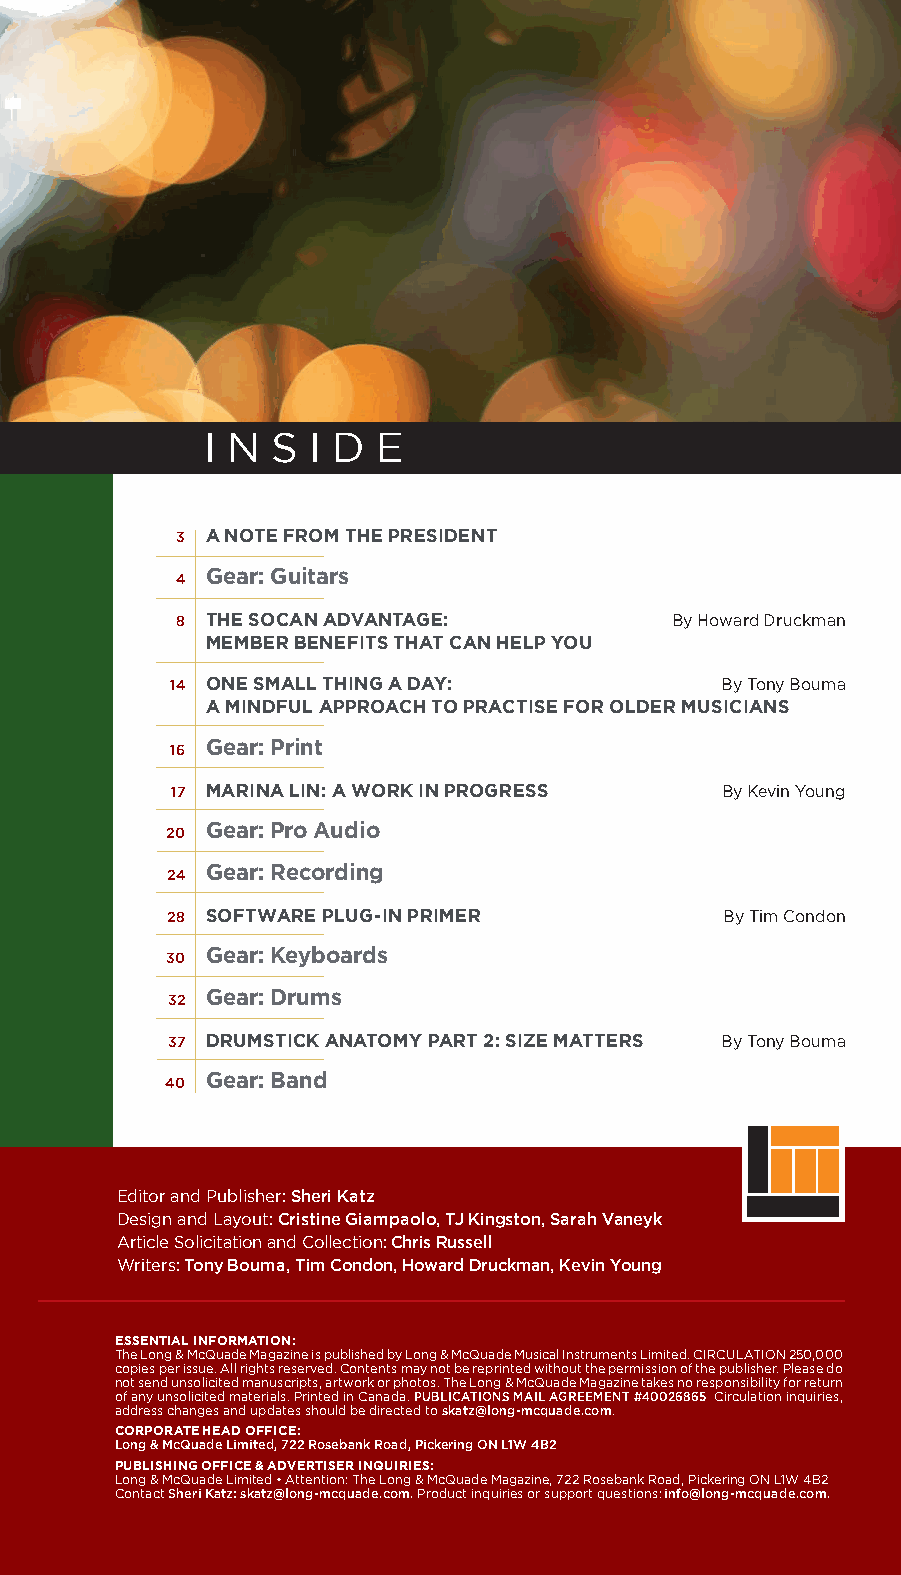
I N S I D  E
 3 A NOTE FROM THE PRESIDENT
 4
 Gear: Guitars
 8 THE SOCAN ADVANTAGE:          By Howard Druckman
 MEMBER BENEFITS THAT CAN HELP YOU
 14 ONE SMALL THING A DAY:            By Tony Bouma
 A MINDFUL APPROACH TO PRACTISE FOR OLDER MUSICIANS
 16
 Gear: Print
 17 MARINA LIN: A WORK IN PROGRESS    By Kevin Young
 20
 Gear: Pro Audio
 24
 Gear: Recording
 28 SOFTWARE PLUG-IN PRIMER           By Tim Condon
 30
 Gear: Keyboards
 32
 Gear: Drums
 37 DRUMSTICK ANATOMY PART 2: SIZE MATTERS By Tony Bouma
 40
 Gear: Band
 Editor and Publisher: Sheri Katz
 Design and Layout: Cristine Giampaolo, TJ Kingston, Sarah Vaneyk
 Article Solicitation and Collection: Chris Russell
 Writers: Tony Bouma, Tim Condon, Howard Druckman, Kevin Young
 ESSENTIAL INFORMATION:
 The Long & McQuade Magazine is published by Long & McQuade Musical Instruments Limited. CIRCULATION 250,000
 copies per issue. All rights reserved. Contents may not be reprinted without the permission of the publisher. Please do
 not send unsolicited manuscripts, artwork or photos. The Long & McQuade Magazine takes no responsibility for return
 of any unsolicited materials. Printed in Canada. PUBLICATIONS MAIL AGREEMENT #40026865 Circulation inquiries,
 address changes and updates should be directed to skatz@long-mcquade.com.
 CORPORATE HEAD OFFICE:
 Long & McQuade Limited, 722 Rosebank Road, Pickering ON L1W 4B2
 PUBLISHING OFFICE & ADVERTISER INQUIRIES:
 Long & McQuade Limited • Attention: The Long & McQuade Magazine, 722 Rosebank Road, Pickering ON L1W 4B2
 Contact Sheri Katz: skatz@long-mcquade.com. Product inquiries or support questions: info@long-mcquade.com.